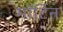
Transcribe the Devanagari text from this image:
मॉर्टिन